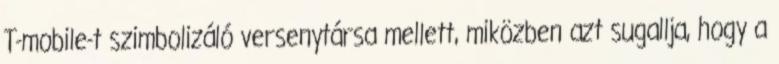
T-mobile-t szimbolizáló versenytársa mellett, miközben azt sugallja, hogy a